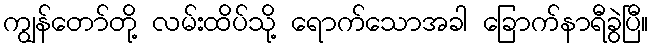
ကျွန်တော်တို့ လမ်းထိပ်သို့ ရောက်သောအခါ ခြောက်နာရီခွဲပြီ။